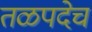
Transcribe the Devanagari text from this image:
तळपदेच